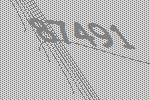
87491